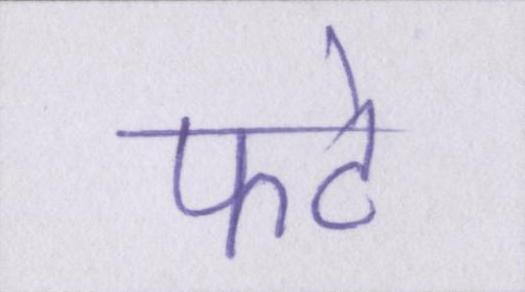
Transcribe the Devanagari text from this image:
फटे